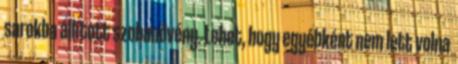
sarokba állított szobanövény. Lehet, hogy egyébként nem lett volna